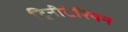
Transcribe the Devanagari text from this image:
ट्रिनीटेरियन